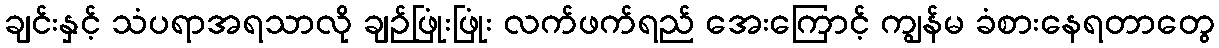
ချင်းနှင့် သံပရာအရသာလို ချဉ်ဖြုံးဖြုံး လက်ဖက်ရည် အေးကြောင့် ကျွန်မ ခံစားနေရတာတွေ